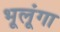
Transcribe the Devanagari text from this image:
भूलूंगा